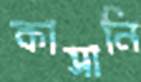
কাসানি